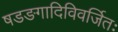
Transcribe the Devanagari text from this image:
षडङगादिविवर्जितः